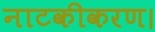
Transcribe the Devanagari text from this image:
नाटकीकरण।